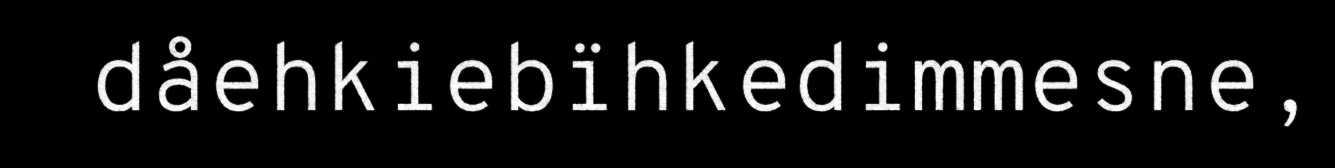
dåehkiebïhkedimmesne,